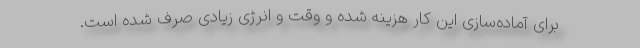
برای آماده‌سازی این کار هزینه شده و وقت و انرژی زیادی صرف شده است.